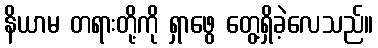
နိယာမ တရားတို့ကို ရှာဖွေ တွေ့ရှိခဲ့လေသည်။